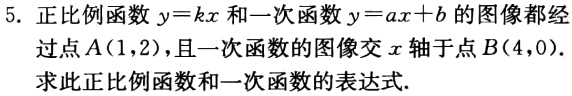
5. 正比例函数$y = kx$和一次函数$y = ax + b$的图像都经
过点$A(1,2)$，且一次函数的图像交$x$轴于点$B(4,0)$．
求此正比例函数和一次函数的表达式.